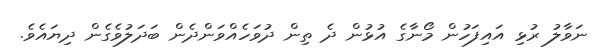
ނަވާލު ރުޅި އައިފަހުން މޯނާގެ އުޅުން ދެ ތިން ދުވަހެއްވަންދެން ބަދަލުވެގެން ދިޔައެވެ.